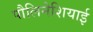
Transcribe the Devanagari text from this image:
पौलिनेशियाई